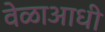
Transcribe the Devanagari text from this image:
वेळाआधी